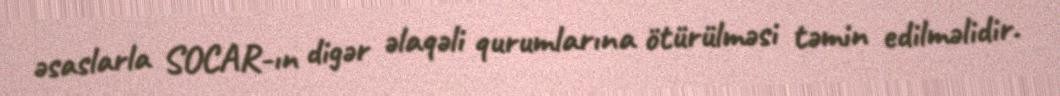
əsaslarla SOCAR-ın digər əlaqəli qurumlarına ötürülməsi təmin edilməlidir.